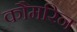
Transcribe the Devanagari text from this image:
कौमरिन